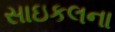
સાઇકલના